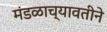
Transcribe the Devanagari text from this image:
मंडळाच्यावतीने